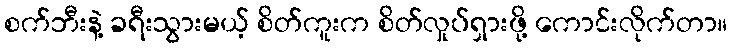
စက်ဘီးနဲ့ ခရီးသွားမယ့် စိတ်ကူးက စိတ်လှုပ်ရှားဖို့ ကောင်းလိုက်တာ။